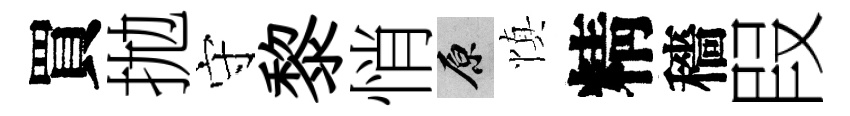
買拋守黎悄原慎精穡叚